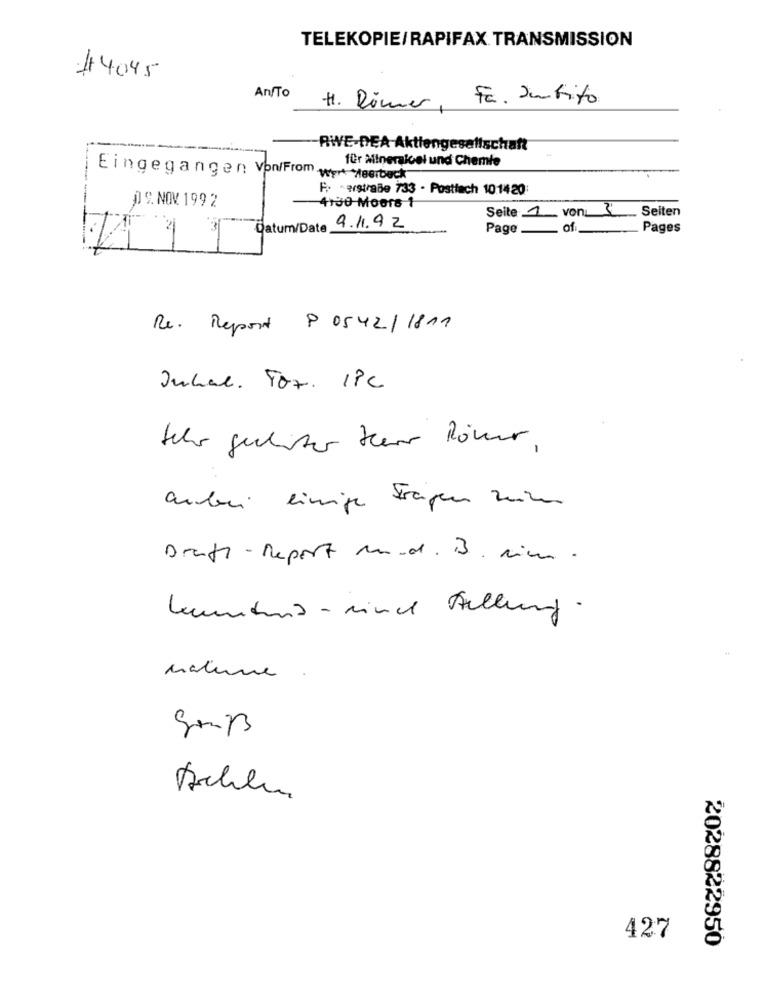
TELEKOPIE/RAPIFAX TRANSMISSION
44045
AnfTo
Fa. Sufito
H. Römer,
RWE-DEA Aktiengesellschaft
Eingegangen Von/From.
für Mineraloel und Chemie
Wert leerbeck
F. +erstraße 733 - Postfach 101420
0 9. NOV 199 2
4130 Moors 1
Seite 1 von 3
Seiten
21
3
Datum/Date
9.11.92
Page
of:
Pages
Re. Report 9 0542/1811
Julial. 507. 1Pc
Sehr geliter there Römer .
auben einige Fragen meinen
Draft - Report mind. 13. min .
Lemituns - sind Filling .
mature
427
2028822950